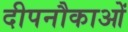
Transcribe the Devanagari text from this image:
दीपनौकाओं